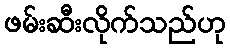
ဖမ်းဆီးလိုက်သည်ဟု